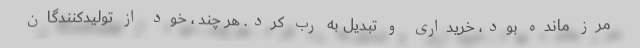
مرز مانده بود، خریداری و تبدیل به رب کرد. هر چند ، خود از تولیدکنندگان